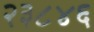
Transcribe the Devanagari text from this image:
२३८४६